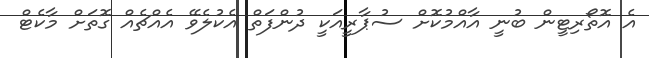
އެ އޮތޯރިޓީން ބުނީ އާއްމުކޮށް ސުޕާރީއަކީ ދުންފަތް އެކުލެވޭ އެއްޗެއް ގޮތަށް މާކެޓް